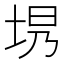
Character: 𪣍